Vaccination in Bombay 1856-1862 - 1856-1862
Year: 1856
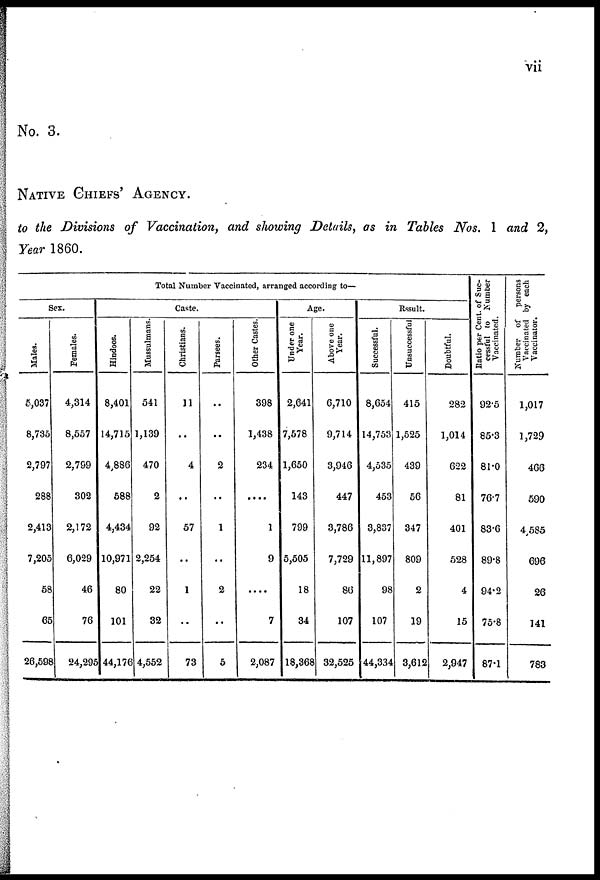
vii
No. 3.
NATIVE CHIEFS' AGENCY.
to the Divisions of Vaccination, and showing Details, as in Tables Nos. 1 and 2,
Year 1860.
Total Number Vaccinated, arranged according to—
Sex.
Males.
5,037
8,735
2,797
288
2,413
7,205
58
65
26,598
Females.
4,314
8,557
2,799
302
2,172
6,029
46
76
24,295
Caste.
Hindoos.
8,401
14,715
4,886
588
4,434
10,971
80
101
44,176
Mussulmans.
541
1,139
470
2
92
2,254
22
32
4,552
Christians.
11
..
4
..
57
..
1
..
73
Parsees.
..
..
2
..
1
..
2
..
5
Other Castes.
398
1,438
234
....
1
9
....
7
2,087
Age.
Under one
Year.
2,641
7,578
1,650
143
799
5,505
18
34
18,368
Above one
Year.
6,710
9,714
3,946
447
3,786
7,729
86
107
32,525
Result.
Successful.
8,654
14,753
4,535
453
3,837
11,897
98
107
44,334
Unsuccessful
415
1,525
439
56
347
809
2
19
3,612
Doubtful.
282
1,014
622
81
401
528
4
15
2,947
Ratio per Cent. of Suc-
cessful to Number
Vaccinated.
92.5
85.3
81.0
76.7
83.6
89.8
94.2
75.8
87.1
Number of persons
Vaccinated by each
Vaccinator.
1,017
1,729
466
590
4,585
696
26
141
783